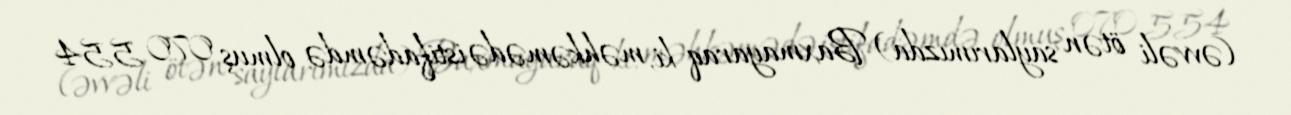
(əvvəli ötən saylarımızda) Baxmayaraq ki, məhkəmədə istifadəmdə olmuş 070 554